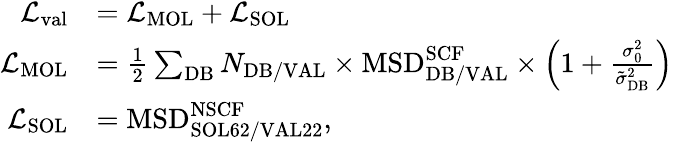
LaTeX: \begin{array}{rl}{\mathcal{L}_{\mathrm{val}}}&{=\mathcal{L}_{\mathrm{MOL}}+\mathcal{L}_{\mathrm{SOL}}}\\ {\mathcal{L}_{\mathrm{MOL}}}&{=\frac{1}{2}\sum_{\mathrm{DB}}N_{\mathrm{DB/VAL}}\times\mathrm{MSD}_{\mathrm{DB/VAL}}^{\mathrm{SCF}}\times\left(1+\frac{\sigma_{0}^{2}}{\tilde{\sigma}_{\mathrm{DB}}^{2}}\right)}\\ {\mathcal{L}_{\mathrm{SOL}}}&{=\mathrm{MSD}_{\mathrm{SOL62/VAL22}}^{\mathrm{NSCF}},}\end{array}